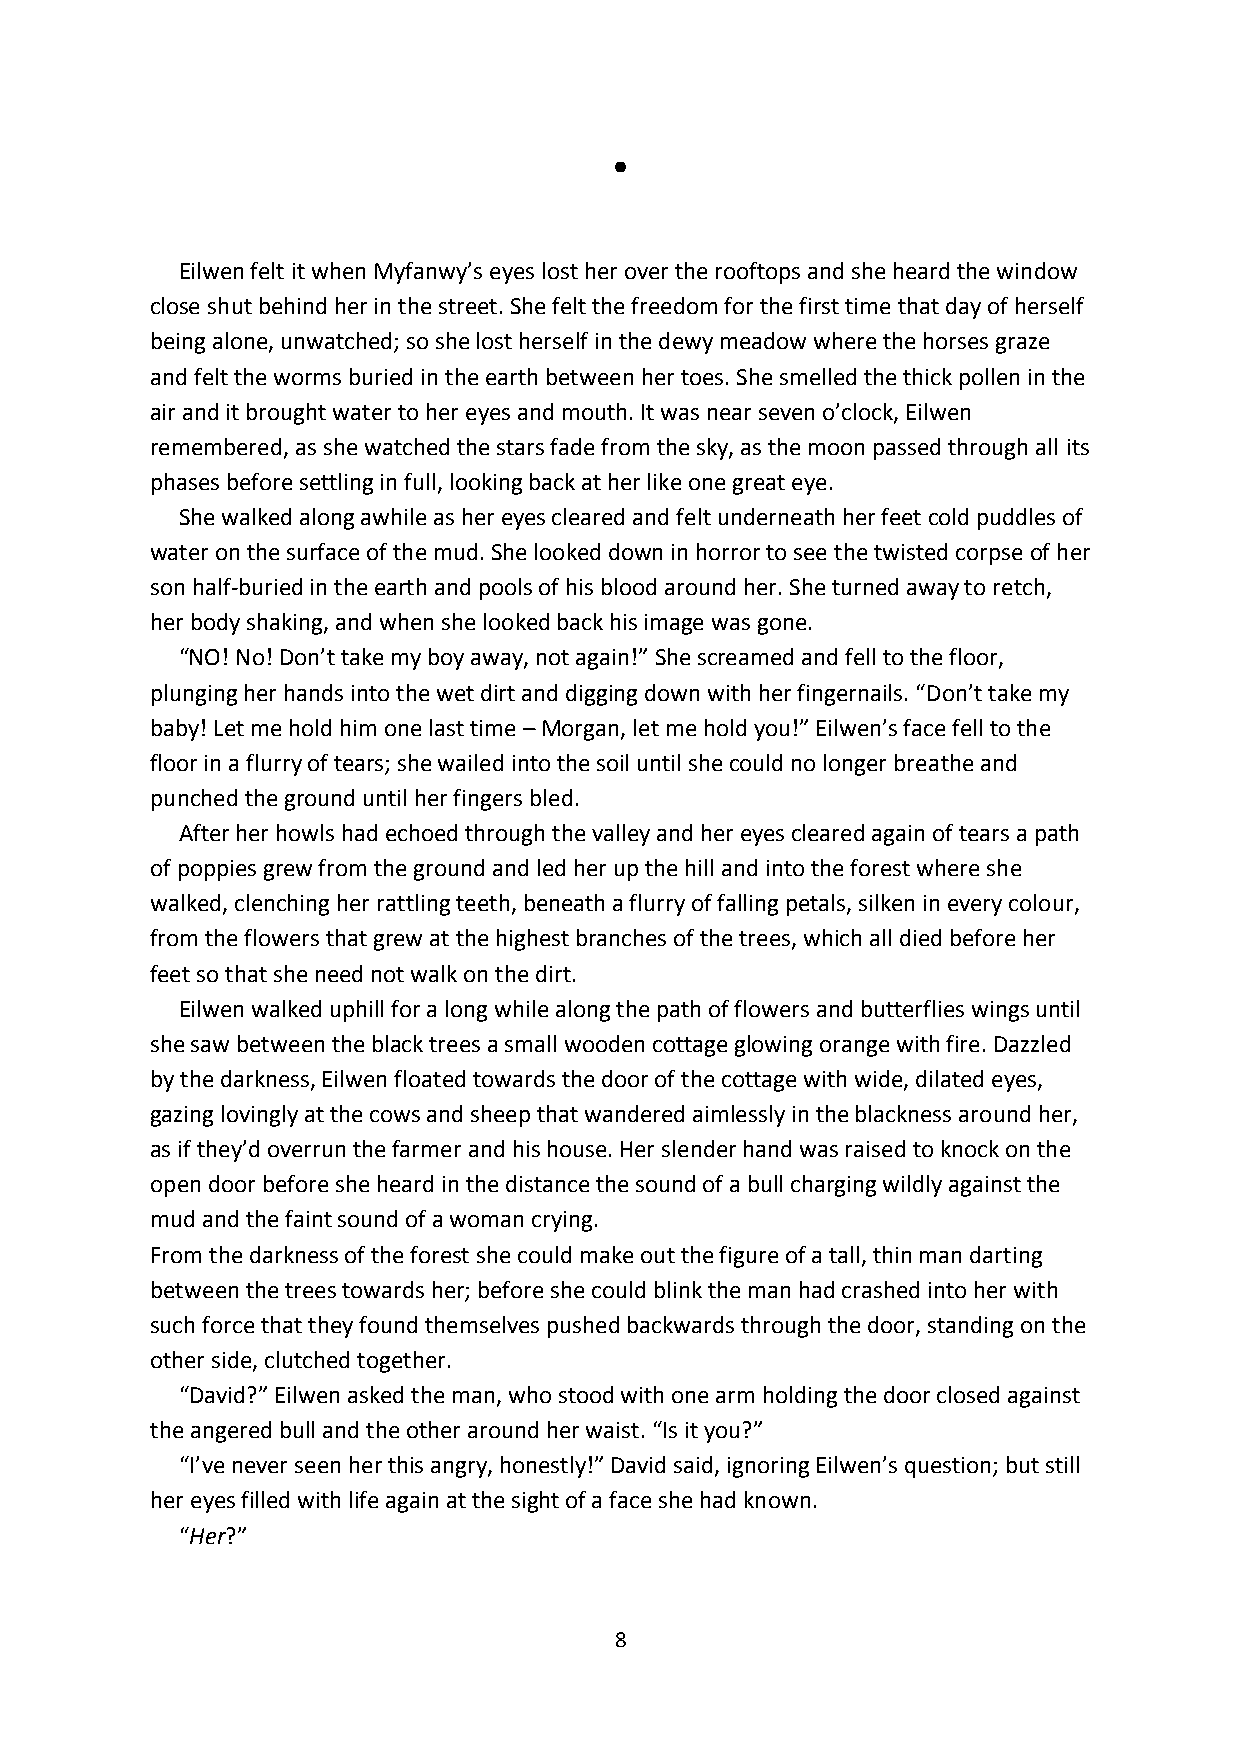
●
 Eilwen felt it when Myfanwy’s eyes lost her over the rooftops and she heard the window
 close shut behind her in the street. She felt the freedom for the first time that day of herself
 being alone, unwatched; so she lost herself in the dewy meadow where the horses graze
 and felt the worms buried in the earth between her toes. She smelled the thick pollen in the
 air and it brought water to her eyes and mouth. It was near seven o’clock, Eilwen
 remembered, as she watched the stars fade from the sky, as the moon passed through all its
 phases before settling in full, looking back at her like one great eye.
 She walked along awhile as her eyes cleared and felt underneath her feet cold puddles of
 water on the surface of the mud. She looked down in horror to see the twisted corpse of her
 son half-buried in the earth and pools of his blood around her. She turned away to retch,
 her body shaking, and when she looked back his image was gone.
 “NO! No! Don’t take my boy away, not again!” She screamed and fell to the floor,
 plunging her hands into the wet dirt and digging down with her fingernails. “Don’t take my
 baby! Let me hold him one last time – Morgan, let me hold you!” Eilwen’s face fell to the
 floor in a flurry of tears; she wailed into the soil until she could no longer breathe and
 punched the ground until her fingers bled.
 After her howls had echoed through the valley and her eyes cleared again of tears a path
 of poppies grew from the ground and led her up the hill and into the forest where she
 walked, clenching her rattling teeth, beneath a flurry of falling petals, silken in every colour,
 from the flowers that grew at the highest branches of the trees, which all died before her
 feet so that she need not walk on the dirt.
 Eilwen walked uphill for a long while along the path of flowers and butterflies wings until
 she saw between the black trees a small wooden cottage glowing orange with fire. Dazzled
 by the darkness, Eilwen floated towards the door of the cottage with wide, dilated eyes,
 gazing lovingly at the cows and sheep that wandered aimlessly in the blackness around her,
 as if they’d overrun the farmer and his house. Her slender hand was raised to knock on the
 open door before she heard in the distance the sound of a bull charging wildly against the
 mud and the faint sound of a woman crying.
 From the darkness of the forest she could make out the figure of a tall, thin man darting
 between the trees towards her; before she could blink the man had crashed into her with
 such force that they found themselves pushed backwards through the door, standing on the
 other side, clutched together.
 “David?” Eilwen asked the man, who stood with one arm holding the door closed against
 the angered bull and the other around her waist. “Is it you?”
 “I’ve never seen her this angry, honestly!” David said, ignoring Eilwen’s question; but still
 her eyes filled with life again at the sight of a face she had known.
 “Her?”
 8